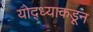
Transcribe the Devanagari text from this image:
योद्ध्याकडून